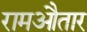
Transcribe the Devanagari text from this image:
रामऔतार